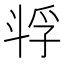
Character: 𫿴